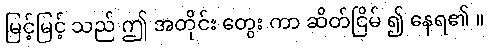
မြင့်မြင့် သည် ဤ အတိုင်း တွေး ကာ ဆိတ်ငြိမ် ၍ နေရ၏ ။